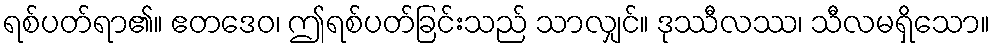
ရစ်ပတ်ရာ၏။ ဧတဒေဝ၊ ဤရစ်ပတ်ခြင်းသည် သာလျှင်။ ဒုဿီလဿ၊ သီလမရှိသော။